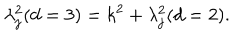
LaTeX: \lambda _ { j } ^ { 2 } ( d = 3 ) = k ^ { 2 } + \lambda _ { j } ^ { 2 } ( d = 2 ) .